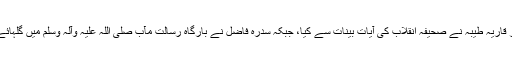
سیمینار کا باقاعدہ آغاز قاریہ طیبہ نے صحیفہ انقلاب کی آیات بینات سے کیا، جبکہ سدرہ فاضل نے بارگاہ رسالت مآب صلی اللہ علیہ وآلہ وسلم میں گلہائے عقیدت نچھاور کیے۔